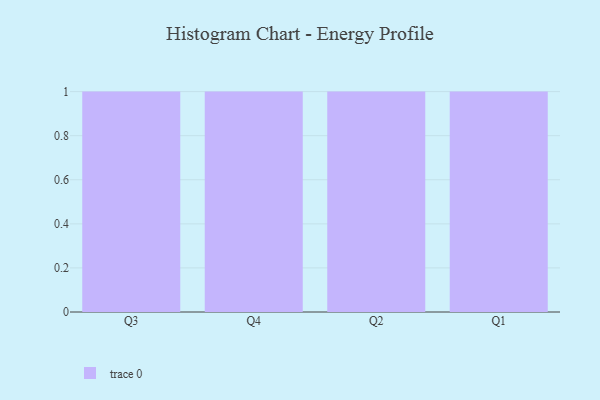
{"axis": {"x": "Quarter", "y": "Customer Acquisition Cost (USD)"}, "legend": [""], "data": [{"x": "Q3", "y": 56, "type": ""}, {"x": "Q4", "y": 54, "type": ""}, {"x": "Q2", "y": 57, "type": ""}, {"x": "Q1", "y": 85, "type": ""}]}